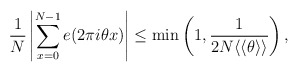
\begin{align*}\frac{1}{N} \left|\sum_{x=0}^{N-1}e(2\pi i \theta x)\right|\leq \min\left(1, \frac{1}{2N\langle\langle \theta\rangle\rangle}\right),\end{align*}